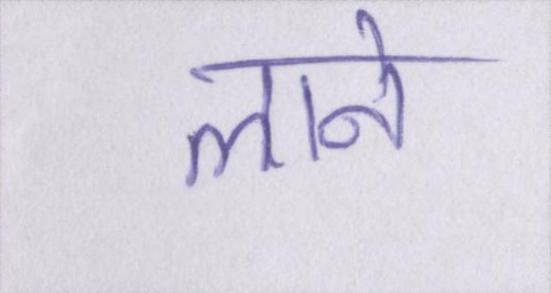
लाने